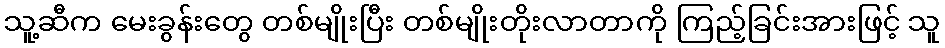
သူ့ဆီက မေးခွန်းတွေ တစ်မျိုးပြီး တစ်မျိုးတိုးလာတာကို ကြည့်ခြင်းအားဖြင့် သူ